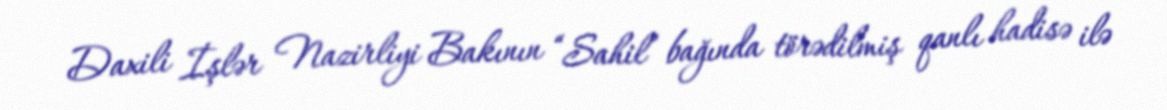
Daxili İşlər Nazirliyi Bakının “Sahil” bağında törədilmiş qanlı hadisə ilə